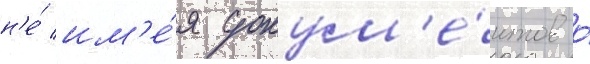
н'е́ им'е́я докум'е́нтов о́